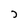
Character: J